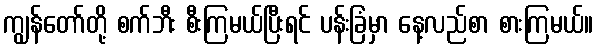
ကျွန်တော်တို့ စက်ဘီး စီးကြမယ်ပြီးရင် ပန်းခြံမှာ နေ့လည်စာ စားကြမယ်။